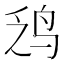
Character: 𫛡